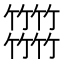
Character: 𥷹